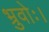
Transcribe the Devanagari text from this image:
भ्रुवोः।